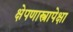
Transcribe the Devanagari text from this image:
क्षेपणास्त्रापेक्षा